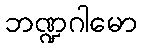
ဘဏ္ဍဂါမော